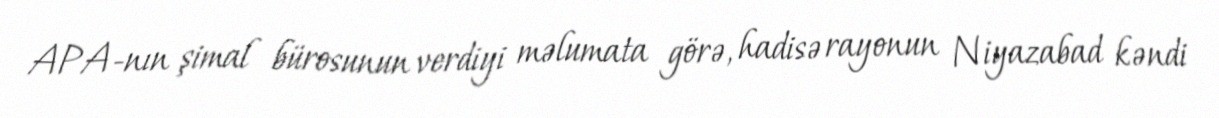
APA-nın şimal bürosunun verdiyi məlumata görə, hadisə rayonun Niyazabad kəndi